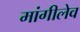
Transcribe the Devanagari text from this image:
मांगीलेव